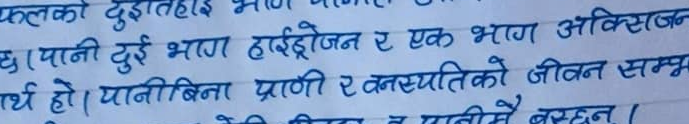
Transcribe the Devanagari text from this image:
(पानी दुई भाग हाईड्रोजन र एक भाग अक्सिजन
अर्थ हो। पानीबिना प्राणी र वनस्पतिको जीवन सम्भ
छन्।